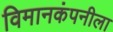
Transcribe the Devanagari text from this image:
विमानकंपनीला